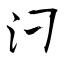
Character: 汈